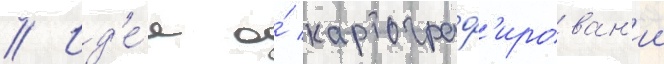
// Ид'е́я о́ картограф'ирован'ии